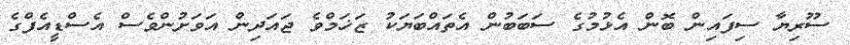
ސޫރިޔާ ސިފައިން ބޮން އެޅުމުގެ ސަބަބުން އެތައްބަޔަކު ޒަޚަމްވެ ޖައަދިން އަވަށުންވެސް އެސްޑީއެފްގެ